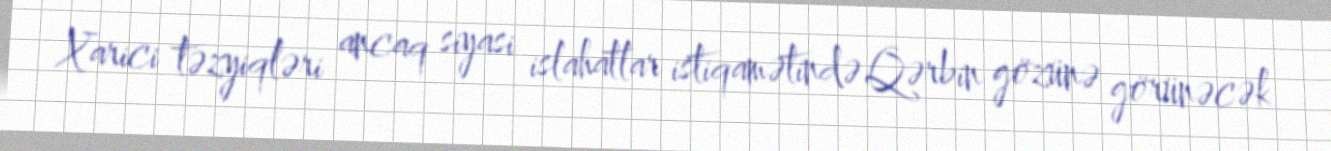
Xarici təzyiqləri ancaq siyasi islahatlar istiqamətində Qərbin gözünə görünəcək